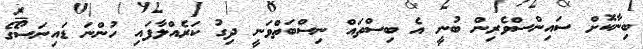
ބިނާކޮށް ސައިންސްވެރިން ބުނީ އެ ބިސްތައް ނިސްބަތްވަނީ ދިގު ކަރެއްލާފައި ހުންނަ ޑައިނަސޯގެ